Report on the lunatic asylums under the Government of Bombay - 1904-1913
Year: 1904
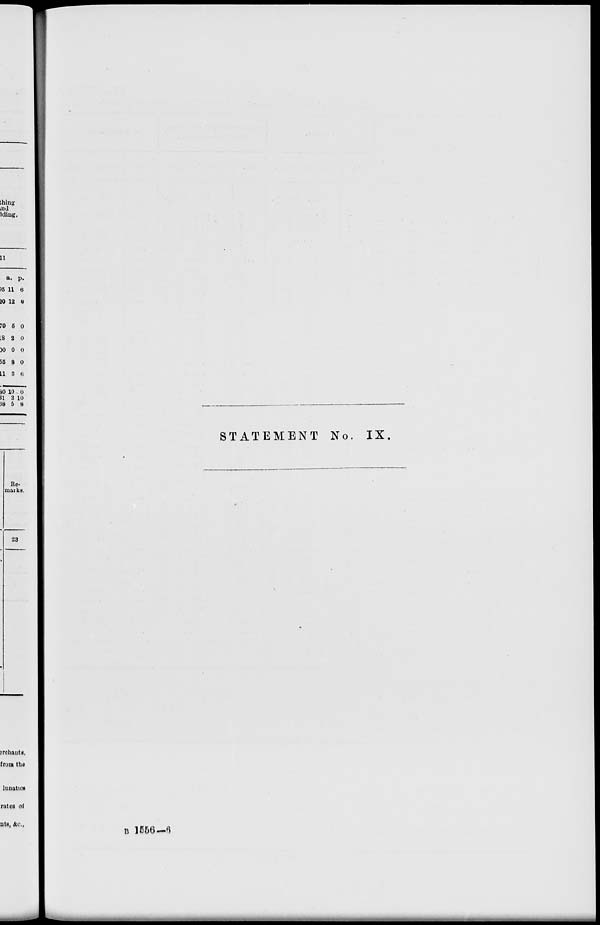
STATEMENT No. IX.
B 1556—6